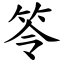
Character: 笭